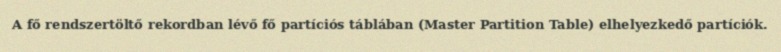
A fő rendszertöltő rekordban lévő fő partíciós táblában (Master Partition Table) elhelyezkedő partíciók.